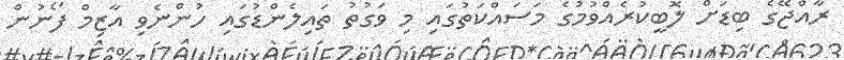
ރާއްޖޭގެ ބިޑަށް ލޮބީކުރެއްވުމުގެ މަސައްކަތުގައި މި ވަގުތު ތައިލެންޑުގައި ހުންނެވި އާޒިމް ފޯނުން